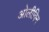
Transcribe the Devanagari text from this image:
ओलीविन